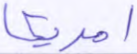
امريكا